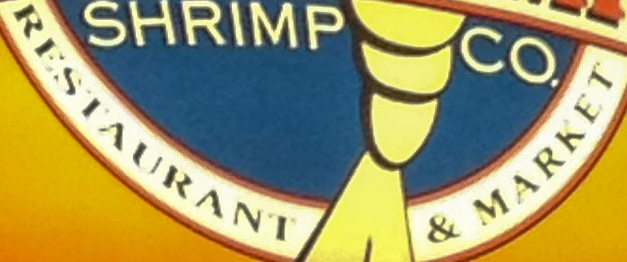
RESTAURANT & MARKET